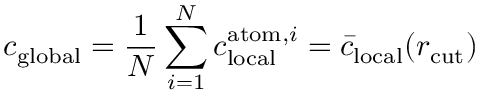
c _ { \mathrm { g l o b a l } } = \frac { 1 } { N } \sum _ { i = 1 } ^ { N } c _ { \mathrm { l o c a l } } ^ { \mathrm { a t o m } , i } = \bar { c } _ { \mathrm { l o c a l } } ( r _ { \mathrm { c u t } } )